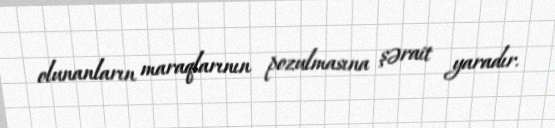
olunanların maraqlarının pozulmasına şərait yaradır.